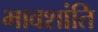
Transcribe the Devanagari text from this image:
भावशांति